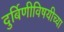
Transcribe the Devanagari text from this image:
दुर्बिणीविषयीच्या